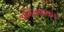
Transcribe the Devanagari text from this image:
अभिज्ञापक।